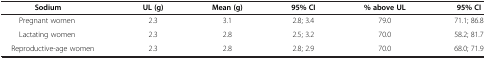
<table><thead><tr><td><b>Sodium</b></td><td><b>UL (g)</b></td><td><b>Mean (g)</b></td><td><b>95% CI</b></td><td><b>% above UL</b></td><td><b>95% CI</b></td></tr></thead><tbody><tr><td>Pregnant women</td><td>2.3</td><td>3.1</td><td>2.8; 3.4</td><td>79.0</td><td>71.1; 86.8</td></tr><tr><td>Lactating women</td><td>2.3</td><td>2.8</td><td>2.5; 3.2</td><td>70.0</td><td>58.2; 81.7</td></tr><tr><td>Reproductive-age women</td><td>2.3</td><td>2.8</td><td>2.8; 2.9</td><td>70.0</td><td>68.0; 71.9</td></tr></tbody></table>